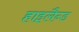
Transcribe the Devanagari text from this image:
हाइलैन्ड